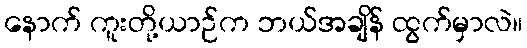
နောက် ကူးတို့ယာဉ်က ဘယ်အချိန် ထွက်မှာလဲ။